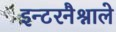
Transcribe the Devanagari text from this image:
इन्टरनैश्नाले